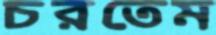
চরতেম